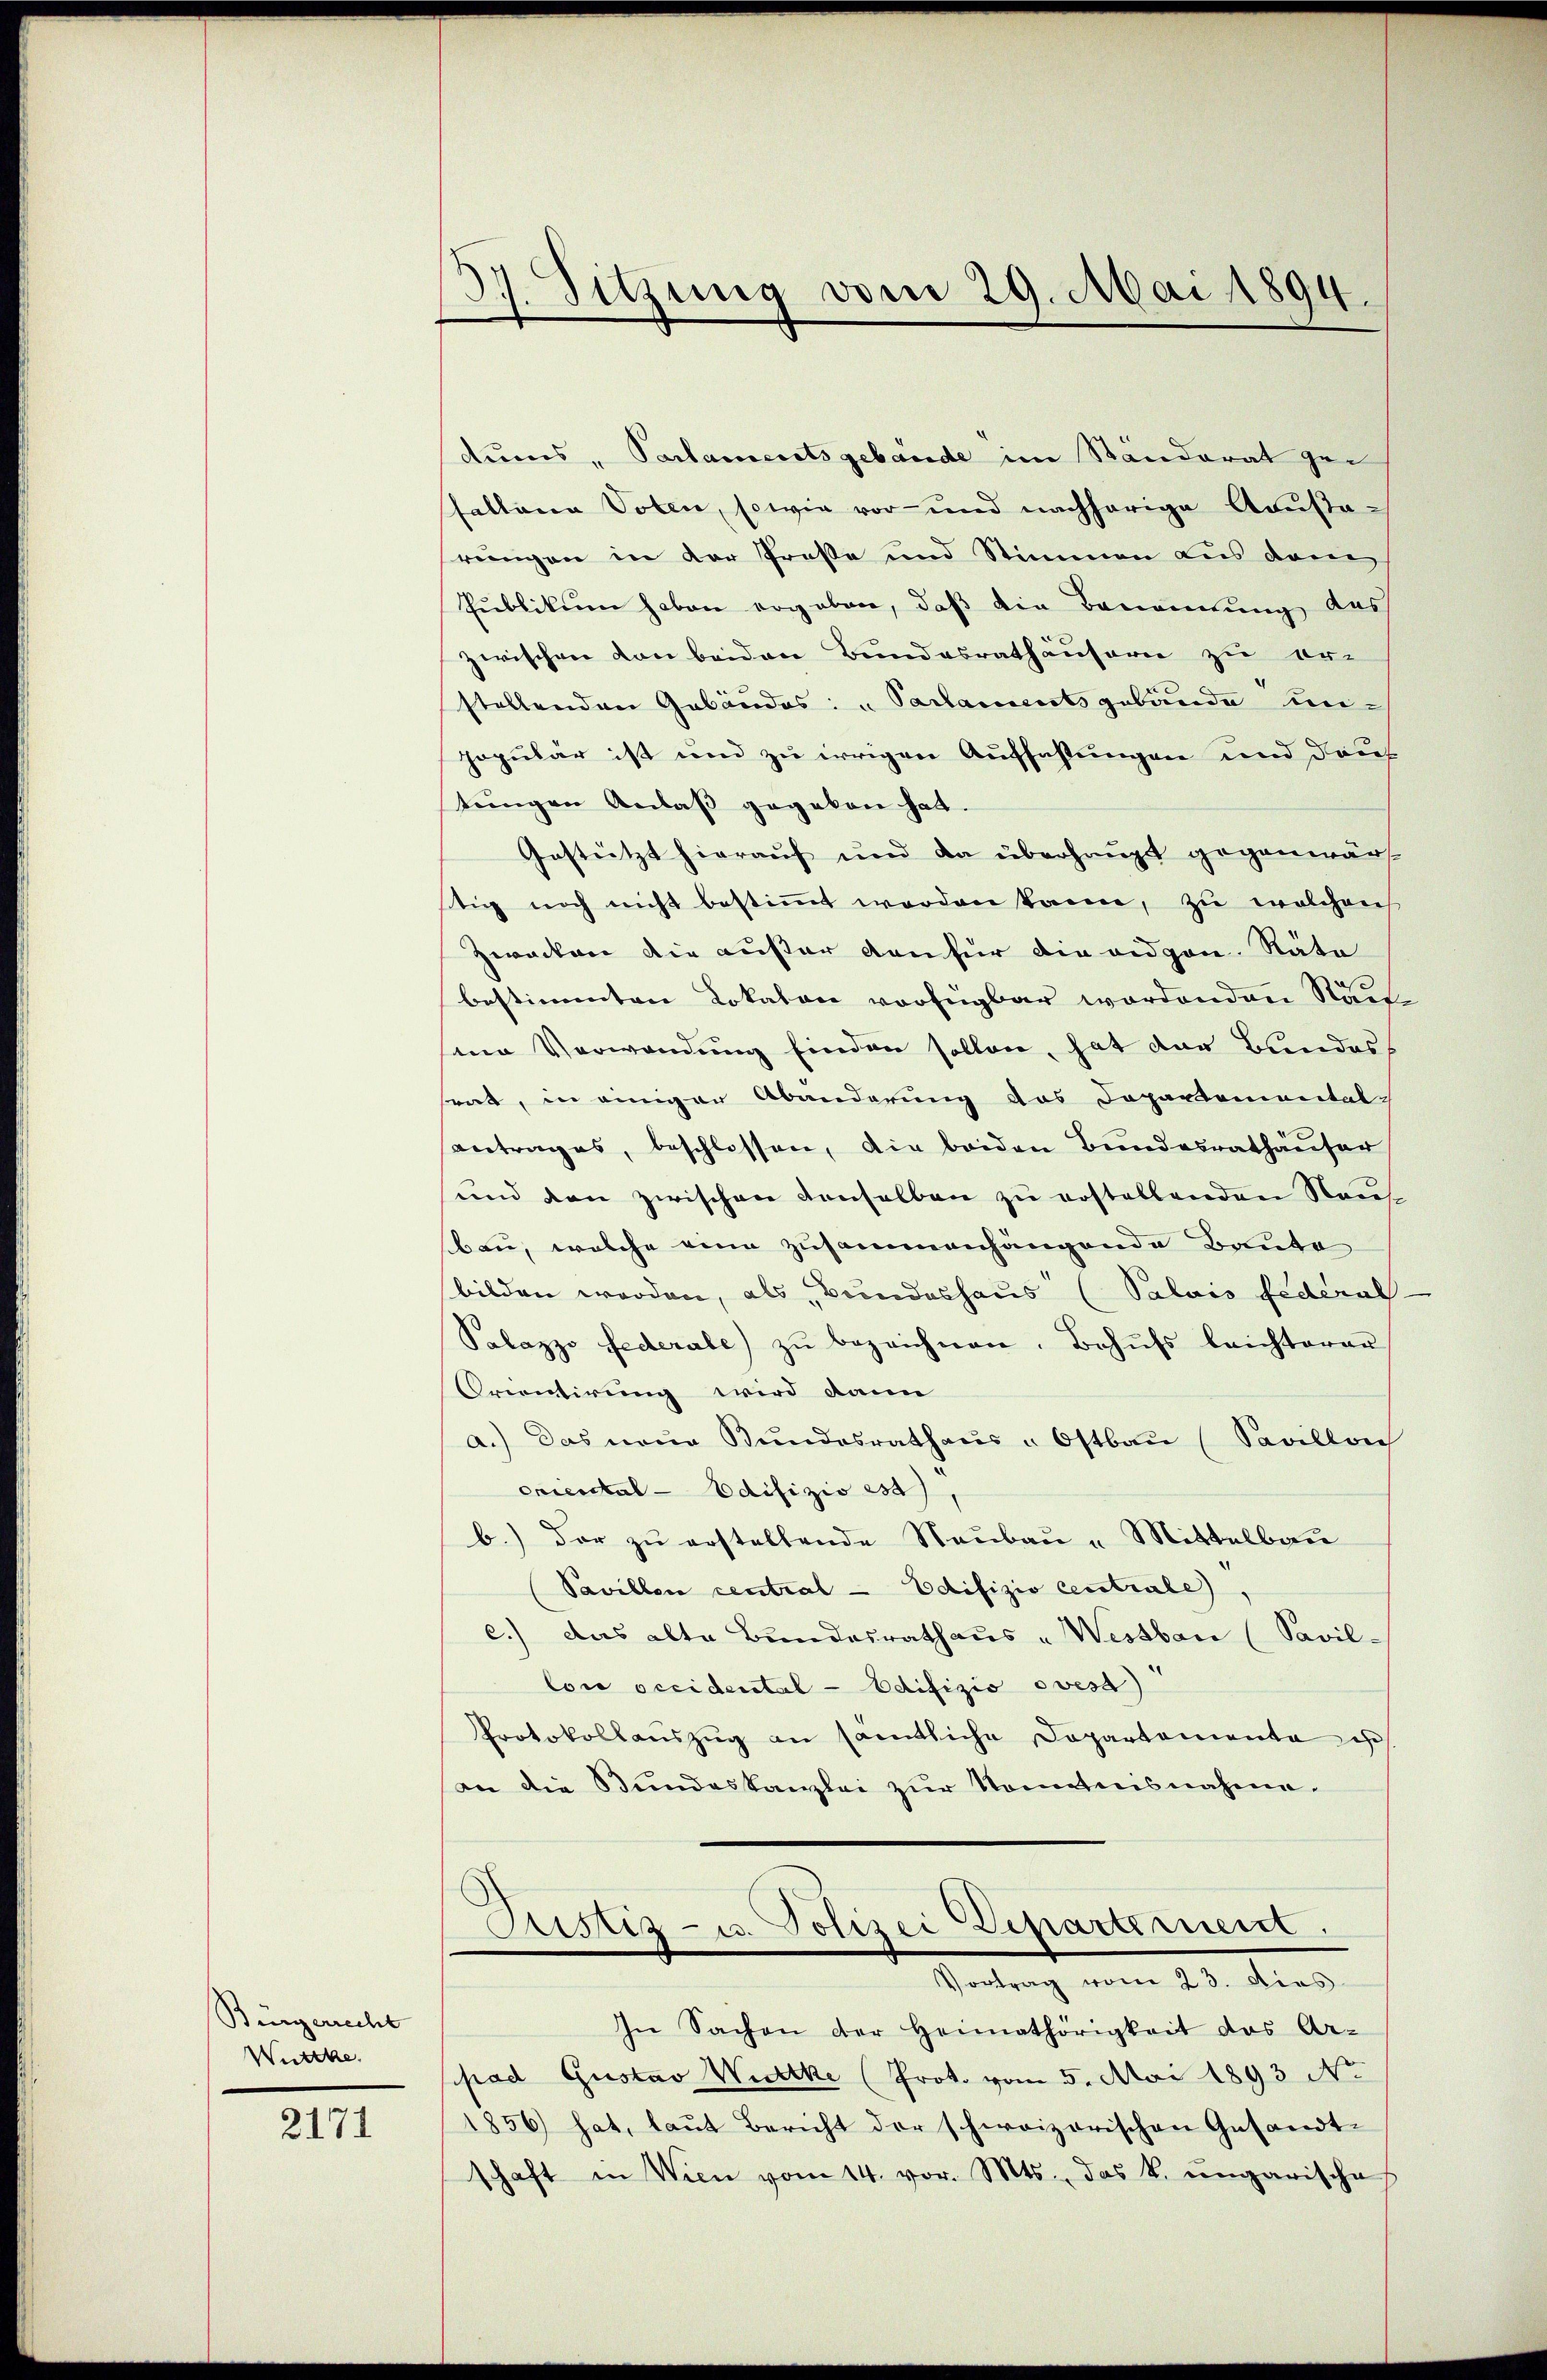
Bürgerrecht
Wütthe

2171

3. Sitzung vom 29. Mai 1894.
¬

dums, Parlamentsgebäude im Standerat gefallena Voten, sowie vor- und nachherige Acusarungen in der Prose und Stimmen aus dem
Publikum haben ergeben, daß die Benennung, das
zwischen von beiden Bundesrathäusern zu er-
stellenden Gebäudes: „Parlamentsgebäude unpopulär ist und zu irrigen Auffassungen und dauf
tungen Anlaß gegeben hat.
Gestützt hierauf und da überhaupt gegenwärt
tig noch nicht bestimmt worden kann, zu welchen
Zwacken die außer den für die eidgen. Räte
bestimmten Lokalon vorfügbar wordenden Rausene Verwendung finden sollen, hat der Bundes
ent, in einiger Abänderung das Departemental-
antrages, beschlossen, die beiden Bundesrathäuser
und den zwischen denselben zu erstellenden Neu
bau, welche eine zusammenhängende Baute
bilden werden, als Bundeshaus (Palais Federat
Palazzo Federale zŭ bezeichnen. Behŭfs leichterer
Orientirung wird dann
a.) Das neŭe Bŭndesrathaŭs "Ostbau (Savillon
criestal-Edifizio es),
b.) Der zu erstellende Neubau - Mittelbau
Pavillon central - Edifizio centrale,
c.) Das alte Bundesrathaus „Wessbau (Pavil-
loi occidental-Edifizio ovest)
Protokollaŭszŭg an sämtliche Departamenta ist.
an die Bundeskanzlei zŭr Nomitnisnahme.
Justiz- u. Polizei Departement.
Vertrag vom 23. dies
In Sachen der Heimathörigkeit des Ar-
pad Gustav Witke (Prot. vom 5. Mai 1893 No
1856 hat, laut Bericht der schweizerischen Gesandtschaft in Wien vom 14. vor. Mts., das k. ungarische